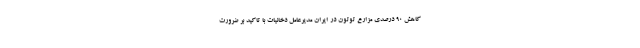
کاهش ۹۰ درصدی مزارع توتون در ایران مدیرعامل دخانیات با تاکید بر ضرورت